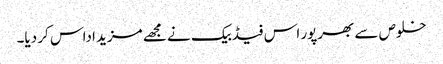
خلوص سے بھرپور اس فیڈبیک نے مجھے مزید اداس کر دیا۔